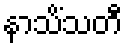
နာသိံသတီ